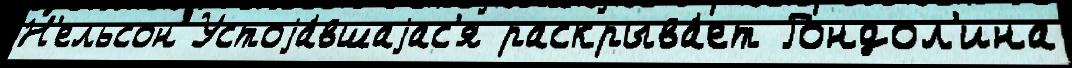
Н'ельсон Устоjа́вшаjас'я раскрыва́ет Гондол'ина